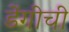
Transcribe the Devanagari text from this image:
डेंगीची